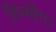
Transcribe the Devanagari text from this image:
बिन्स्वेंगर